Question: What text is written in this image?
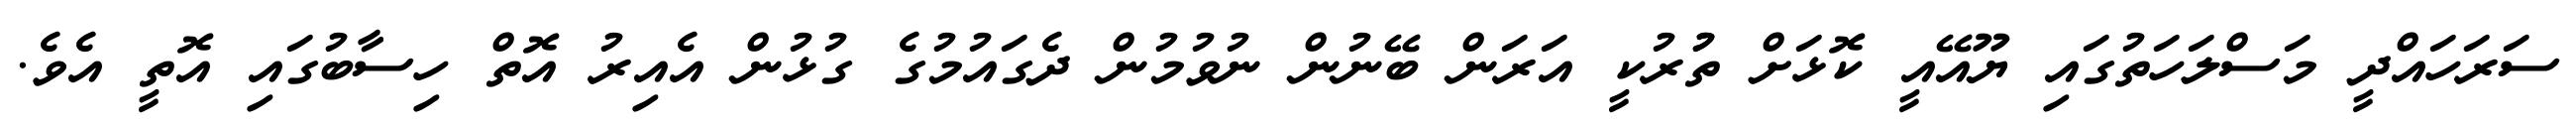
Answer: ސަރަހައްދީ މަސްލަހަތުގައި ޔޫއޭއީ ކޮޅަށް ތުުރުކީ އަރަން ބޭނުން ނުވުމުން ދެގައުމުގެ ގުޅުން އެއިރު އޮތް ހިސާބުގައި އޮތީ އެވެ.